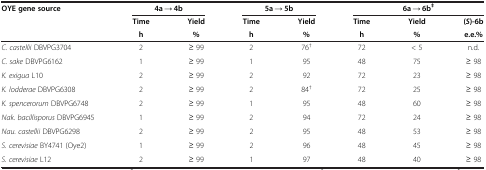
<table><thead><tr><td><b>OYE gene source</b></td><td colspan="2"><b>4a → 4b</b></td><td colspan="2"><b>5a → 5b</b></td><td colspan="3"><b>6a → 6b<sup>‡</sup></b></td></tr><tr><td><b> </b></td><td><b>Time</b></td><td><b>Yield</b></td><td><b>Time</b></td><td><b>Yield</b></td><td><b>Time</b></td><td><b>Yield</b></td><td><b>(<i>S</i>)-6b</b></td></tr><tr><td><b> </b></td><td><b>h</b></td><td><b>%</b></td><td><b>h</b></td><td><b>%</b></td><td><b>h</b></td><td><b>%</b></td><td><b>e.e.%</b></td></tr></thead><tbody><tr><td><i>C. castellii</i> DBVPG3704</td><td>2</td><td>≥ 99</td><td>2</td><td>76<sup>†</sup></td><td>72</td><td>&lt; 5</td><td>n.d.</td></tr><tr><td><i>C. sake</i> DBVPG6162</td><td>1</td><td>≥ 99</td><td>1</td><td>95</td><td>48</td><td>75</td><td>≥ 98</td></tr><tr><td><i>K. exigua</i> L10</td><td>2</td><td>≥ 99</td><td>2</td><td>92</td><td>72</td><td>23</td><td>≥ 98</td></tr><tr><td><i>K. lodderae</i> DBVPG6308</td><td>2</td><td>≥ 99</td><td>2</td><td>84<sup>†</sup></td><td>72</td><td>25</td><td>≥ 98</td></tr><tr><td><i>K. spencerorum</i> DBVPG6748</td><td>2</td><td>≥ 99</td><td>1</td><td>95</td><td>48</td><td>60</td><td>≥ 98</td></tr><tr><td><i>Nak. bacillisporus</i> DBVPG6945</td><td>1</td><td>≥ 99</td><td>2</td><td>94</td><td>72</td><td>24</td><td>≥ 98</td></tr><tr><td><i>Nau. castellii</i> DBVPG6298</td><td>2</td><td>≥ 99</td><td>2</td><td>95</td><td>48</td><td>53</td><td>≥ 98</td></tr><tr><td><i>S. cerevisiae</i> BY4741 (Oye2)</td><td>1</td><td>≥ 99</td><td>2</td><td>96</td><td>48</td><td>45</td><td>≥ 98</td></tr><tr><td><i>S. cerevisiae</i> L12</td><td>2</td><td>≥ 99</td><td>1</td><td>97</td><td>48</td><td>40</td><td>≥ 98</td></tr></tbody></table>